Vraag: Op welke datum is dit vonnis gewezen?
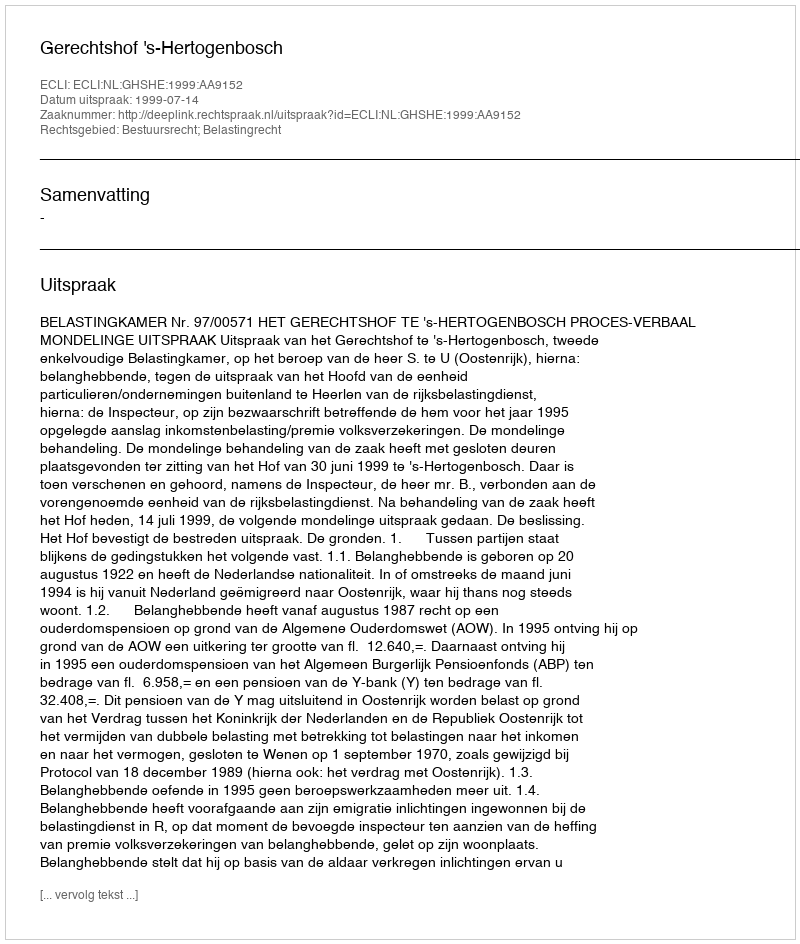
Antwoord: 1999-07-14